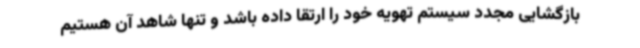
بازگشایی مجدد سیستم تهویه خود را ارتقا داده باشد و تنها شاهد آن هستیم